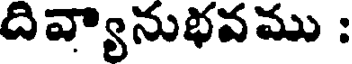
దివ్యానుభవము :